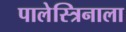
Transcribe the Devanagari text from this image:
पालेस्त्रिनाला